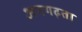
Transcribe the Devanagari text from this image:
अनगढ़ता